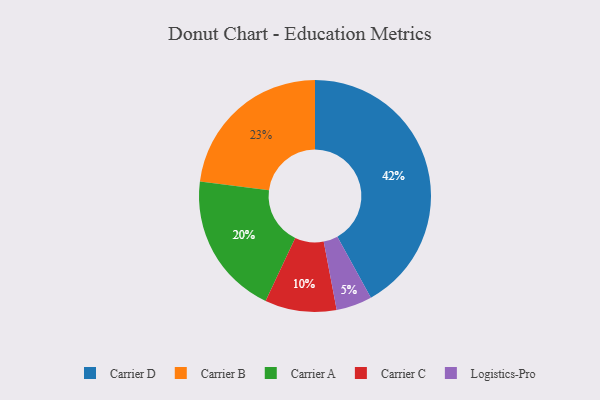
{"axis": {"x": "Category", "y": "Percentage"}, "legend": ["Carrier A", "Carrier B", "Carrier C", "Carrier D", "Logistics-Pro"], "data": [{"x": "Carrier D", "y": 42, "type": "Carrier D"}, {"x": "Carrier A", "y": 20, "type": "Carrier A"}, {"x": "Carrier B", "y": 23, "type": "Carrier B"}, {"x": "Carrier C", "y": 10, "type": "Carrier C"}, {"x": "Logistics-Pro", "y": 5, "type": "Logistics-Pro"}]}